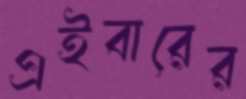
এইবারের